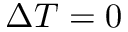
\Delta T = 0